Epidemic dropsy in Calcutta - Number 45
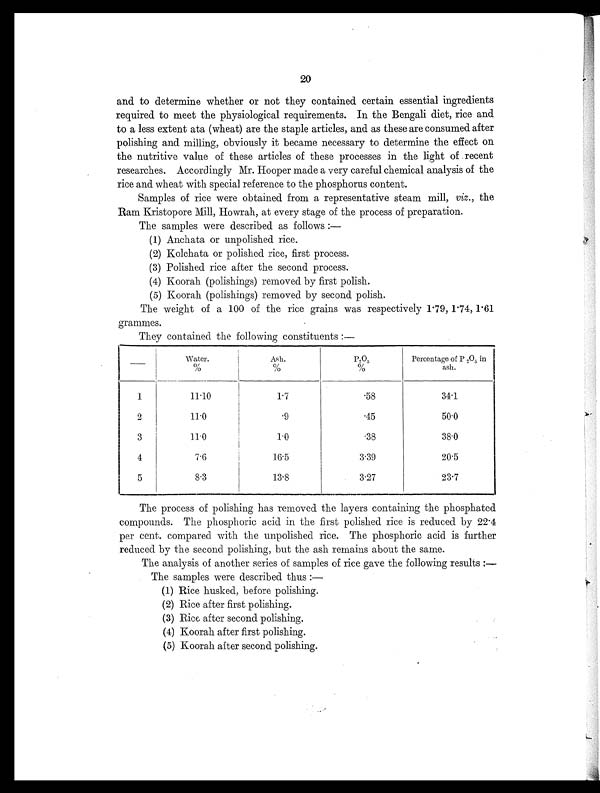
20
and to determine whether or not they contained certain essential ingredients
required to meet the physiological requirements. In the Bengali diet, rice and
to a less extent ata (wheat) are the staple articles, and as these are consumed after
polishing and milling, obviously it became necessary to determine the effect on
the nutritive value of these articles of these processes in the light of recent
researches. Accordingly Mr. Hooper made a very careful chemical analysis of the
rice and wheat with special reference to the phosphorus content.
Samples of rice were obtained from a representative steam mill, viz., the
Ram Kristopore Mill, Howrah, at every stage of the process of preparation.
The samples were described as follows :
—
(1) Anchata or unpolished rice.
(2) Kolchata or polished rice, first process.
(3) Polished rice after the second process.
(4) Koorah (polishings) removed by first polish.
(5) Koorah (polishings) removed by second polish.
The weight of a 100 of the rice grains was respectively 1.79, 1.74, 1.61
grammes.
They contained the following constituents :—
—
Water.
%
Ash.
%
P2
O
5
%
Percentage of P 2O5 in
ash.
1
11.10
1.7
.58
34.1
2
11.0
.9
.45
50.0
3
11.0
1.0
.38
38.0
4
7.6
16.5
3.39
20.5
5
8.3
13.8
3.27
23.7
The process of polishing has removed the layers containing the phosphated
compounds. The phosphoric acid in the first polished rice is reduced by 22.4
per cent. compared with the unpolished rice. The phosphoric acid is further
reduced by the second polishing, but the ash remains about the same.
The analysis of another series of samples of rice gave the following results :—
The samples were described thus :
—
(1) Rice husked, before polishing.
(2) Rice after first polishing.
(3) Rice after second polishing.
(4) Koorah after first polishing.
(5) Koorah after second polishing.